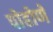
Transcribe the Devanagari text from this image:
पोहोणे